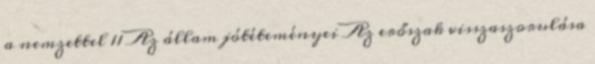
a nemzettel 11 Az állam jótéteményei Az erőszak visszaszorulása